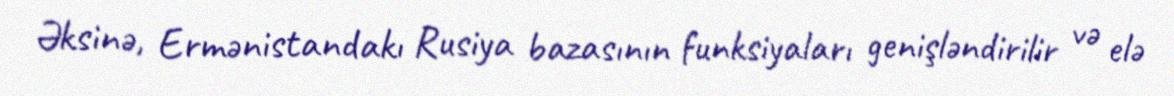
Əksinə, Ermənistandakı Rusiya bazasının funksiyaları genişləndirilir və elə